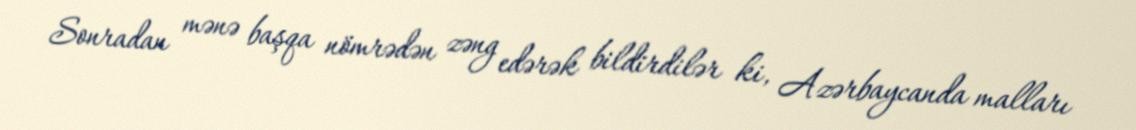
Sonradan mənə başqa nömrədən zəng edərək bildirdilər ki, Azərbaycanda malları